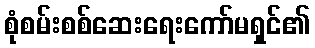
စုံစမ်းစစ်ဆေးရေးကော်မရှင်၏